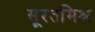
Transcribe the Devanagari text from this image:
सूरतमिश्र